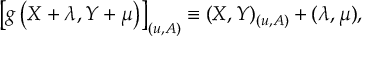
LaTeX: \left[ g \left( X + \lambda , Y + \mu \right) \right] _ { ( u , A ) } \equiv ( X , Y ) _ { ( u , A ) } + ( \lambda , \mu ) ,